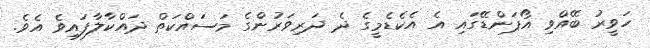
ހަވީރު ބޭއްވި އޯޕަންޑޭގައި އެ އެކެޑެމީގެ ދެ ދަރިވަރުންގެ މަސައްކަތް ދައްކާލާފައިވެ އެވެ.